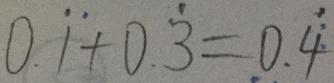
0 . \dot { 1 } + 0 . \dot { 3 } = 0 . \dot { 4 }